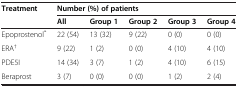
| <ROWSPAN=2> Treatment | <COLSPAN=5> Number (%) of patients |
 | All | Group 1 | Group 2 | Group 3 | Group 4 |
 | --- | --- | --- | --- | --- | --- |
 | Epoprostenol* | 22 (54) | 13 (32) | 9 (22) | 0 (0) | 0 (0) |
 | ERA† | 9 (22) | 1 (2) | 0 (0) | 4 (10) | 4 (10) |
 | PDE5I | 14 (34) | 3 (7) | 1 (2) | 4 (10) | 6 (15) |
 | Beraprost | 3 (7) | 0 (0) | 0 (0) | 1 (2) | 2 (4) |